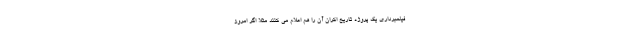
فیلمبرداری یک پروژه تاریخ اکران آن را هم اعلام می کنند مثلا اگر امروز